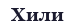
Хили